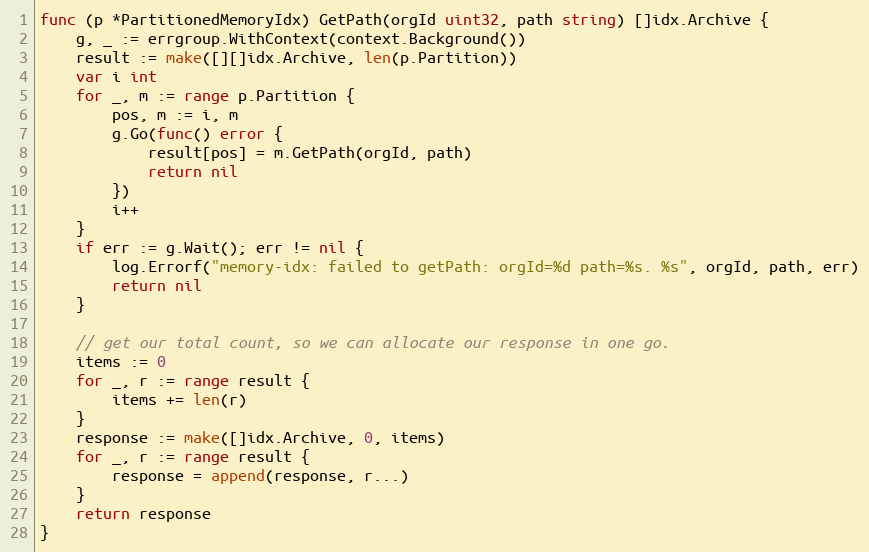
Language: Go
func (p *PartitionedMemoryIdx) GetPath(orgId uint32, path string) []idx.Archive {
	g, _ := errgroup.WithContext(context.Background())
	result := make([][]idx.Archive, len(p.Partition))
	var i int
	for _, m := range p.Partition {
		pos, m := i, m
		g.Go(func() error {
			result[pos] = m.GetPath(orgId, path)
			return nil
		})
		i++
	}
	if err := g.Wait(); err != nil {
		log.Errorf("memory-idx: failed to getPath: orgId=%d path=%s. %s", orgId, path, err)
		return nil
	}

	// get our total count, so we can allocate our response in one go.
	items := 0
	for _, r := range result {
		items += len(r)
	}
	response := make([]idx.Archive, 0, items)
	for _, r := range result {
		response = append(response, r...)
	}
	return response
}